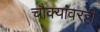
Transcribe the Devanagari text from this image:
चौक्यांवरही